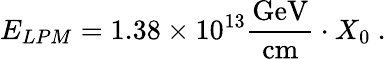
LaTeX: E_{LPM}=1.38\times 10^{13}\mathrm{\frac{GeV}{cm}}\cdot X_{0}\ .